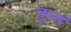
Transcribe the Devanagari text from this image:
छुम्मं